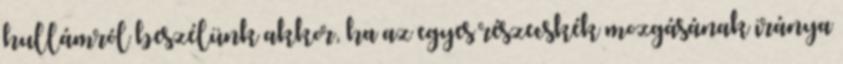
hullámról beszélünk akkor, ha az egyes részecskék mozgásának iránya